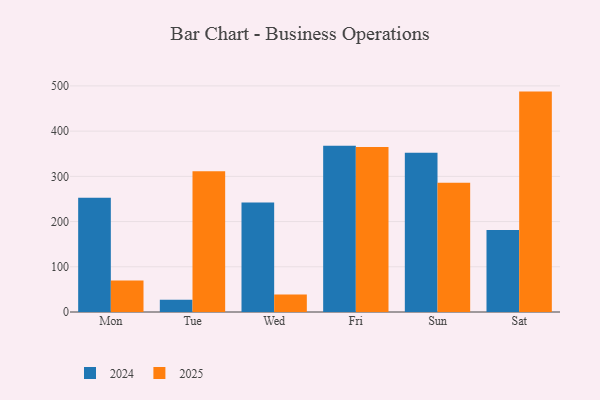
{"axis": {"x": "Day", "y": "Headcount"}, "legend": ["2024", "2025"], "data": [{"x": "Mon", "y": 252.8, "type": "2024"}, {"x": "Mon", "y": 69.6, "type": "2025"}, {"x": "Tue", "y": 27.1, "type": "2024"}, {"x": "Tue", "y": 311.0, "type": "2025"}, {"x": "Wed", "y": 242.4, "type": "2024"}, {"x": "Wed", "y": 38.7, "type": "2025"}, {"x": "Fri", "y": 367.6, "type": "2024"}, {"x": "Fri", "y": 365.0, "type": "2025"}, {"x": "Sun", "y": 352.3, "type": "2024"}, {"x": "Sun", "y": 285.7, "type": "2025"}, {"x": "Sat", "y": 181.3, "type": "2024"}, {"x": "Sat", "y": 487.4, "type": "2025"}]}